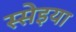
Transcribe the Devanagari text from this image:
स्सेइया